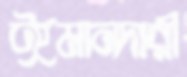
ঈমানদারী